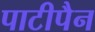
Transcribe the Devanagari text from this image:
पाटीपैन